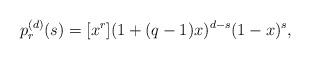
LaTeX: \begin{align*}p^{(d)}_r(s)=[x^r](1+(q-1)x)^{d-s}(1-x)^s, \end{align*}